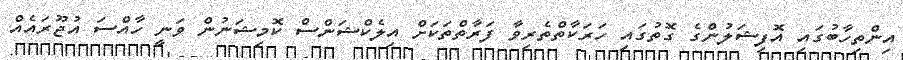
އިންތިހާބުގައި އޮފިޝަލުންގެ ގޮތުގައި ހަރަކާތްތެރިވާ ފަރާތްތަކަށް އިލެކްޝަންސް ކޮމިޝަނުން ވަނީ ހާއްސަ އުޖޫރައެއް